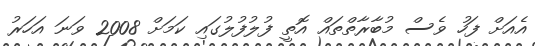
އެއަށް ފަހު ވެސް މުބާރާތްތައް އޮތީ ފުލުފުލުގައި ކަމަށް 2008 ވަނަ އަހަރު